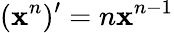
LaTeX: (\mathbf{x}^{n})^{\prime}=n\mathbf{x}^{n-1}